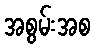
အစွမ်းအစ